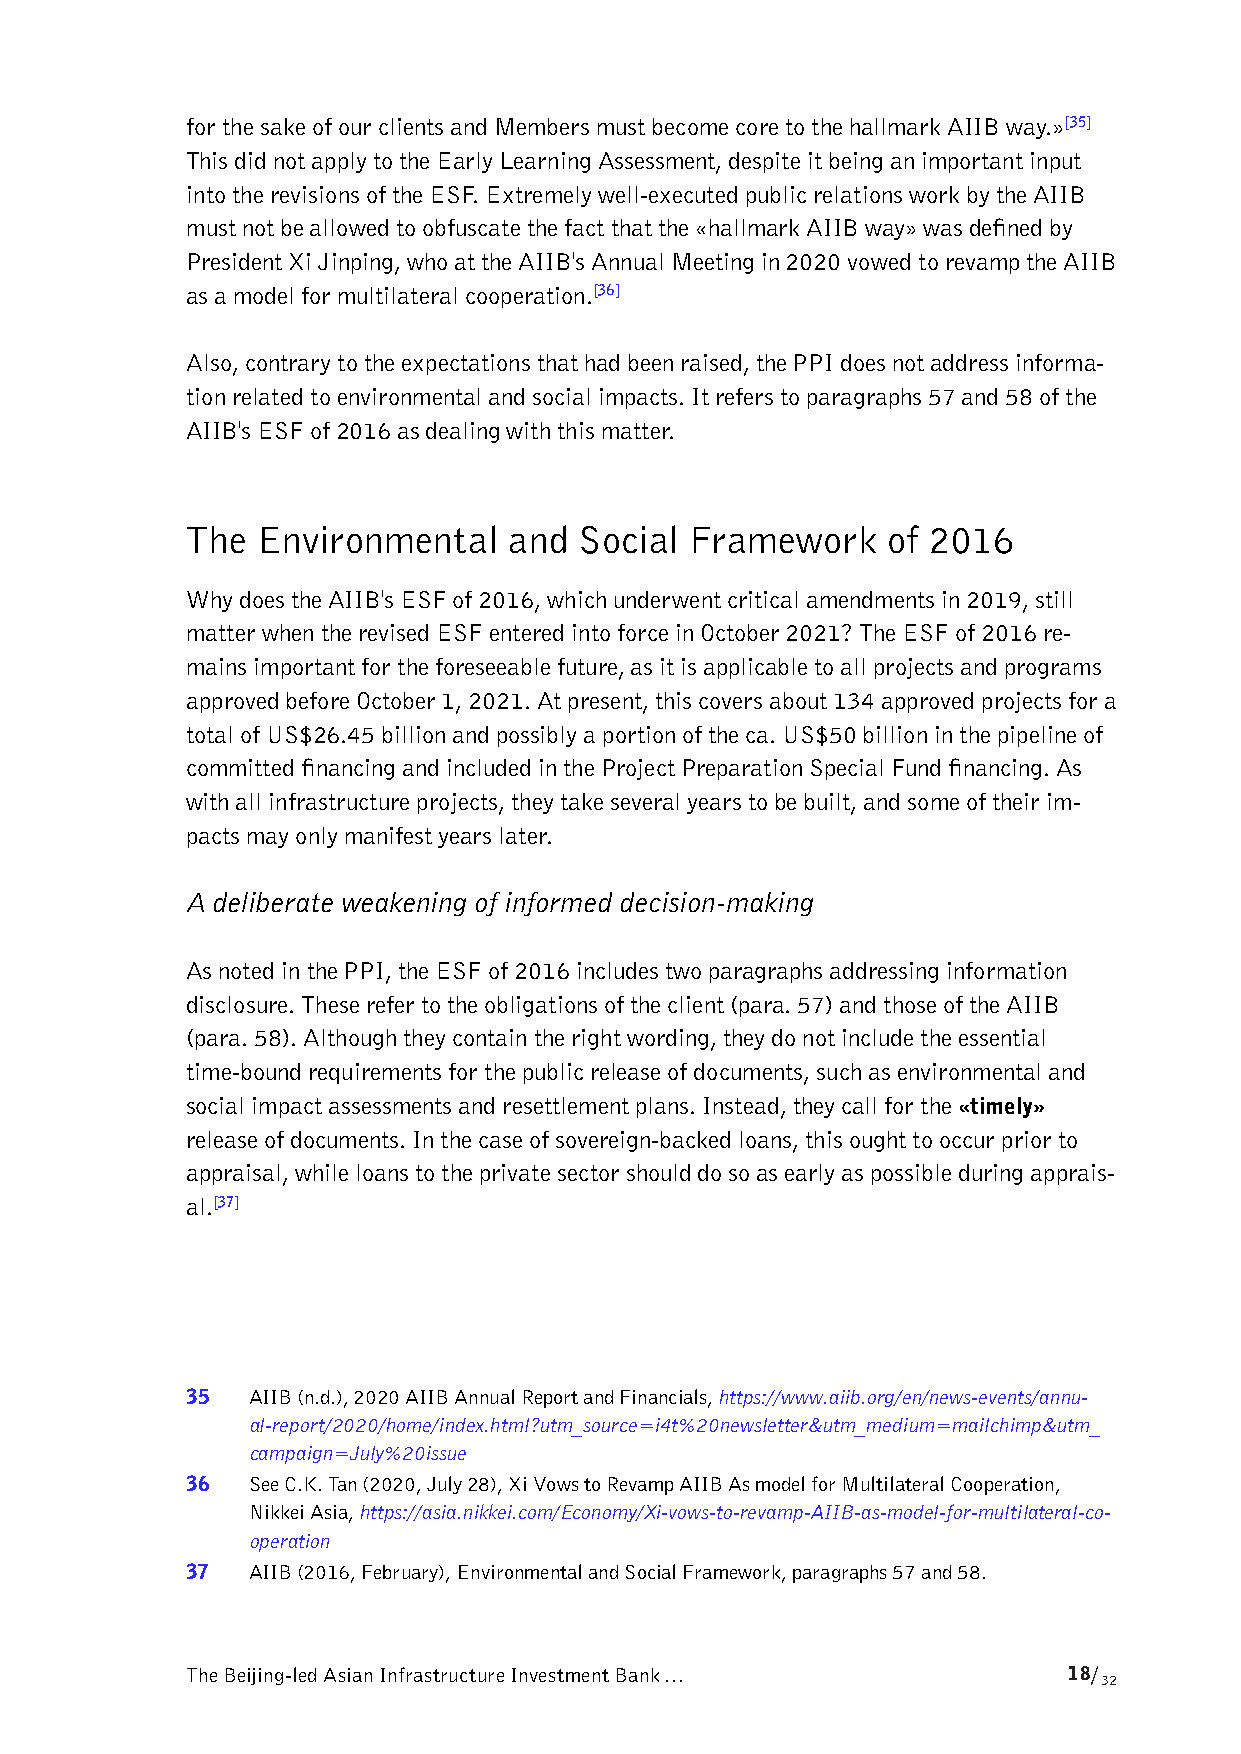
for the sake of our clients and Members must become core to the hallmark AIIB way.»[35]
 This did not apply to the Early Learning Assessment, despite it being an important input
 into the revisions of the ESF. Extremely well-executed public relations work by the AIIB
 must not be allowed to obfuscate the fact that the «hallmark AIIB way» was defined by
 President Xi Jinping, who at the AIIB's Annual Meeting in 2020 vowed to revamp the AIIB
 as a model for multilateral cooperation.[36]
 Also, contrary to the expectations that had been raised, the PPI does not address informa-
 tion related to environmental and social impacts. It refers to paragraphs 57 and 58 of the
 AIIB's ESF of 2016 as dealing with this matter.
 The  Environmental    and Social  Framework    of 2016
 Why does the AIIB's ESF of 2016, which underwent critical amendments in 2019, still
 matter when the revised ESF entered into force in October 2021? The ESF of 2016 re-
 mains important for the foreseeable future, as it is applicable to all projects and programs
 approved before October 1, 2021. At present, this covers about 134 approved projects for a
 total of US$26.45 billion and possibly a portion of the ca. US$50 billion in the pipeline of
 committed financing and included in the Project Preparation Special Fund financing. As
 with all infrastructure projects, they take several years to be built, and some of their im-
 pacts may only manifest years later.
 A deliberate weakening of informed decision-making
 As noted in the PPI, the ESF of 2016 includes two paragraphs addressing information
 disclosure. These refer to the obligations of the client (para. 57) and those of the AIIB
 (para. 58). Although they contain the right wording, they do not include the essential
 time-bound requirements for the public release of documents, such as environmental and
 social impact assessments and resettlement plans. Instead, they call for the «timely»
 release of documents. In the case of sovereign-backed loans, this ought to occur prior to
 appraisal, while loans to the private sector should do so as early as possible during apprais-
 al.[37]
 35  AIIB (n.d.), 2020 AIIB Annual Report and Financials, https://www.aiib.org/en/news-events/annu-
 al-report/2020/home/index.html?utm_source=i4t%20newsletter&utm_medium=mailchimp&utm_
 campaign=July%20issue
 36  See C.K. Tan (2020, July 28), Xi Vows to Revamp AIIB As model for Multilateral Cooperation,
 Nikkei Asia, https://asia.nikkei.com/Economy/Xi-vows-to-revamp-AIIB-as-model-for-multilateral-co-
 operation
 37  AIIB (2016, February), Environmental and Social Framework, paragraphs 57 and 58.
 The Beijing-led Asian Infrastructure Investment Bank …     18/
 32